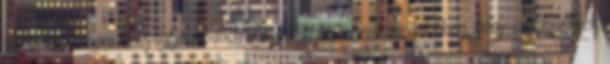
társelnöke újra benyújtja módosító javaslatát, annak érdekében, hogy semmisítsék